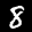
Label: 8